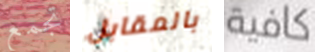
تجمع بالمقابل كافية